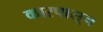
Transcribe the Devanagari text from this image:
कारपासून